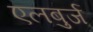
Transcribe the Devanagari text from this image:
एलबुर्ज